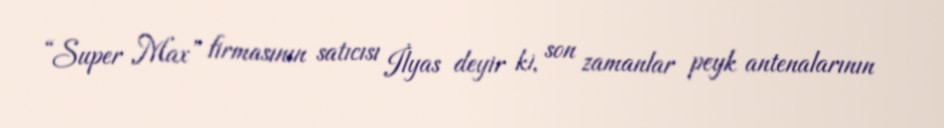
“Super Max” firmasının satıcısı İlyas deyir ki, son zamanlar peyk antenalarının